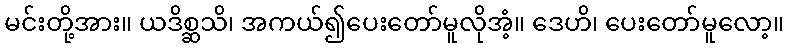
မင်းတို့အား။ ယဒိစ္ဆသိ၊ အကယ်၍ပေးတော်မူလိုအံ့။ ဒေဟိ၊ ပေးတော်မူလော့။